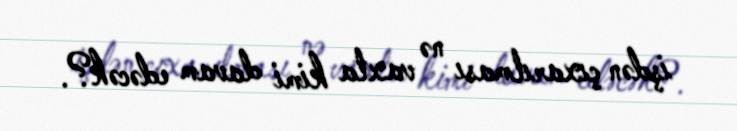
işdən çıxarılması nə vaxta kimi davam edəcək?.